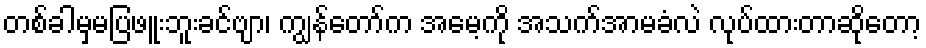
တစ်ခါမှမပြဖူးဘူးခင်ဗျာ၊ ကျွန်တော်က အမေ့ကို အသက်အာမခံလဲ လုပ်ထားတာဆိုတော့